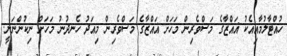
ހުއްޓާލުމާއިއެކު ޣައްޒާގެ މަސްވެރިން މަހަށް ޣައްޒާގެ މަސްވެރިން މިއަދު ހެނދުނު މަހަށް ނިކުންނަނީ.